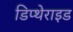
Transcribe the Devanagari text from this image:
डिप्थेराइड